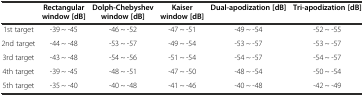
<table><thead><tr><td></td><td><b>Rectangular window [dB]</b></td><td><b>Dolph-Chebyshev window [dB]</b></td><td><b>Kaiser window [dB]</b></td><td><b>Dual-apodization [dB]</b></td><td><b>Tri-apodization [dB]</b></td></tr></thead><tbody><tr><td>1st target</td><td>-39 ~ -45</td><td>-46 ~ -52</td><td>-47 ~ -51</td><td>-49 ~ -54</td><td>-52 ~ -55</td></tr><tr><td>2nd target</td><td>-44 ~ -48</td><td>-53 ~ -57</td><td>-49 ~ -54</td><td>-53 ~ -57</td><td>-53 ~ -57</td></tr><tr><td>3rd target</td><td>-43 ~ -48</td><td>-54 ~ -56</td><td>-51 ~ -54</td><td>-54 ~ -57</td><td>-54 ~ -57</td></tr><tr><td>4th target</td><td>-39 ~ -45</td><td>-48 ~ -51</td><td>-47 ~ -50</td><td>-48 ~ -54</td><td>-50 ~ -54</td></tr><tr><td>5th target</td><td>-35 ~ -40</td><td>-40 ~ -48</td><td>-41 ~ -46</td><td>-40 ~ -48</td><td>-42 ~ -49</td></tr></tbody></table>